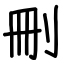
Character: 刪